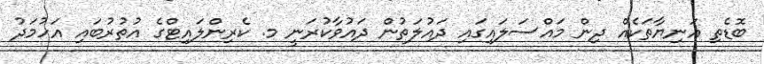
ބޮޑެތި އަނިޔާތަކެއް ދިން މައްސަލައިގައި ދައުލަތުން ދައުވާކުރަނީ މ. ކެރިންލައިޓްގެ އުތުރުބައި އަހުމަދު